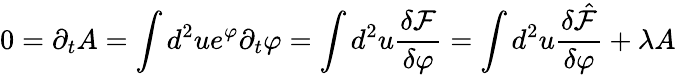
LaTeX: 0=\partial_{t}A=\int d^{2}ue^{\varphi}\partial_{t}\varphi=\int d^{2}u\frac{\delta\mathcal F}{\delta\varphi}=\int d^{2}u\frac{\delta\hat{\mathcal F}}{\delta\varphi}+\lambda A